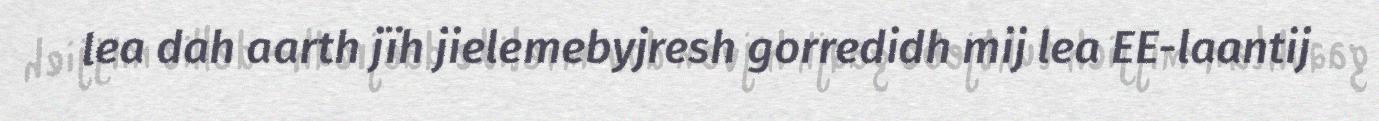
lea dah aarth jïh jielemebyjresh gorredidh mij lea EE-laantij